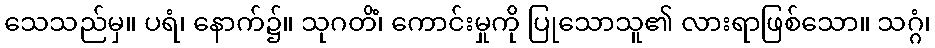
သေသည်မှ။ ပရံ၊ နောက်၌။ သုဂတိံ၊ ကောင်းမှုကို ပြုသောသူ၏ လားရာဖြစ်သော။ သဂ္ဂံ၊